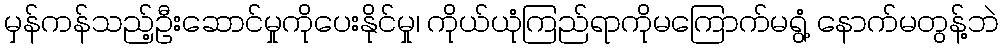
မှန်ကန်သည့်ဦးဆောင်မှုကိုပေးနိုင်မှု၊ ကိုယ်ယုံကြည်ရာကိုမကြောက်မရွံ့ နောက်မတွန့်ဘဲ